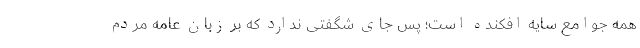
همه جوامع سایه افکنده است؛ پس جای شگفتی ندارد که بر زبان عامه مردم